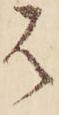
は